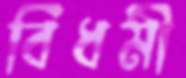
বিধর্মী